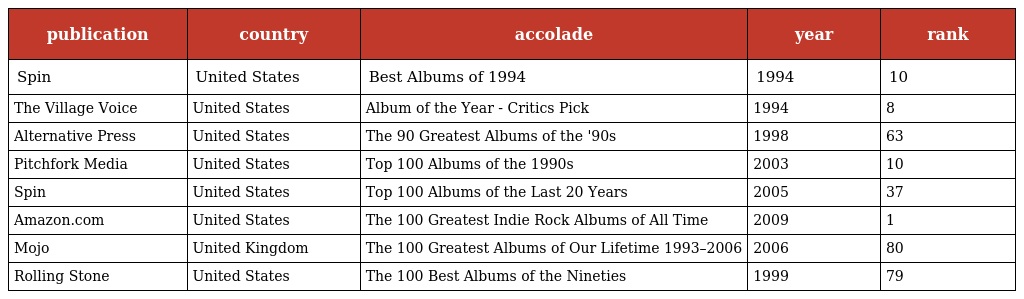
| publication | country | accolade | year | rank |
 | --- | --- | --- | --- | --- |
 | Spin | United States | Best Albums of 1994 | 1994 | 10 |
 | The Village Voice | United States | Album of the Year - Critics Pick | 1994 | 8 |
 | Alternative Press | United States | The 90 Greatest Albums of the '90s | 1998 | 63 |
 | Pitchfork Media | United States | Top 100 Albums of the 1990s | 2003 | 10 |
 | Spin | United States | Top 100 Albums of the Last 20 Years | 2005 | 37 |
 | Amazon.com | United States | The 100 Greatest Indie Rock Albums of All Time | 2009 | 1 |
 | Mojo | United Kingdom | The 100 Greatest Albums of Our Lifetime 1993–2006 | 2006 | 80 |
 | Rolling Stone | United States | The 100 Best Albums of the Nineties | 1999 | 79 |